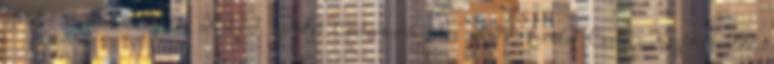
kerület Csatornatisztítás XIII. kerület Csatornatisztítás XIV. kerület Csatornatisztítás XV.